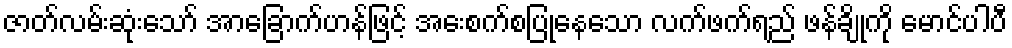
ဇာတ်လမ်းဆုံးသော် အာခြောက်ဟန်ဖြင့် အေးစက်စပြုနေသော လက်ဖက်ရည် ဖန်ချိုကို မောင်ပါပီ